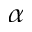
\alpha